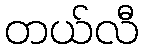
တယ်လီ